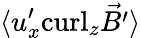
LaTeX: \langle{u}_{x}^{\prime}\mathrm{curl}_{z}\vec{B^{\prime}}\rangle